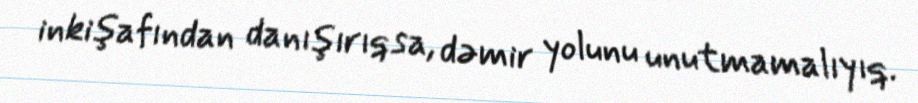
inkişafından danışırıqsa, dəmir yolunu unutmamalıyıq.